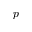
p